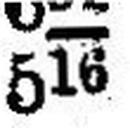
516